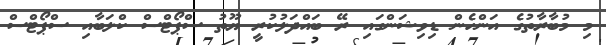
މި މުބާރާތުގެ އަންހެން ޑިވިޝަންގައި ރޭ ބައްދަލުކުރީ ޔޫތު ސްޕޯޓްސް ކްލަބާއި ސްޕޯޓްސް